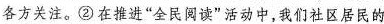
各方关注。②在推进”全民阅读”活动中，我们社区居民的